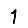
Digit: 1